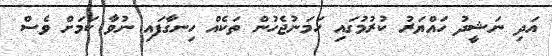
އަދި ނަޝީދު ހައްޔަރު ކުރުމުގައި ހަމަނުޖެހުން ތަކެއް ހިނގާފައި ނުވާ ކަމަށް ވެސް